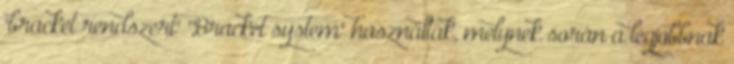
"bracket rendszert" "Bracket system" használták, melynek során a legjobbnak